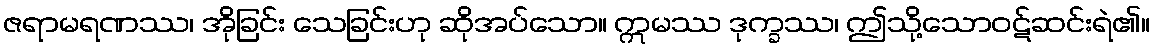
ဇရာမရဏဿ၊ အိုခြင်း သေခြင်းဟု ဆိုအပ်သော။ ဣမဿ ဒုက္ခဿ၊ ဤသို့သောဝဋ်ဆင်းရဲ၏။